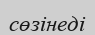
сөзінеді